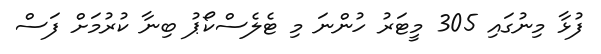
ފުޅާ މިނުގައި 305 މީޓަރު ހުންނަ މި ޓެލެސްކޯޕު ބިނާ ކުރުމަށް ފަސް